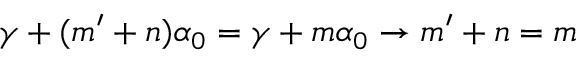
\gamma + ( m ^ { \prime } + n ) \alpha _ { 0 } = \gamma + m \alpha _ { 0 } \rightarrow m ^ { \prime } + n = m